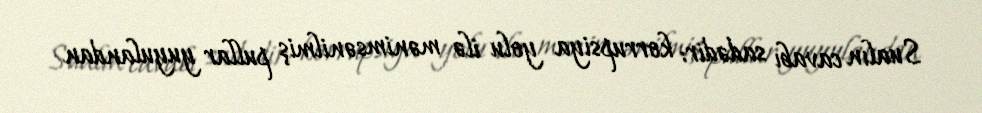
Sualın cavabı sadədir: korrupsiya yolu ilə mənimsənilmiş pullar yuyulandan